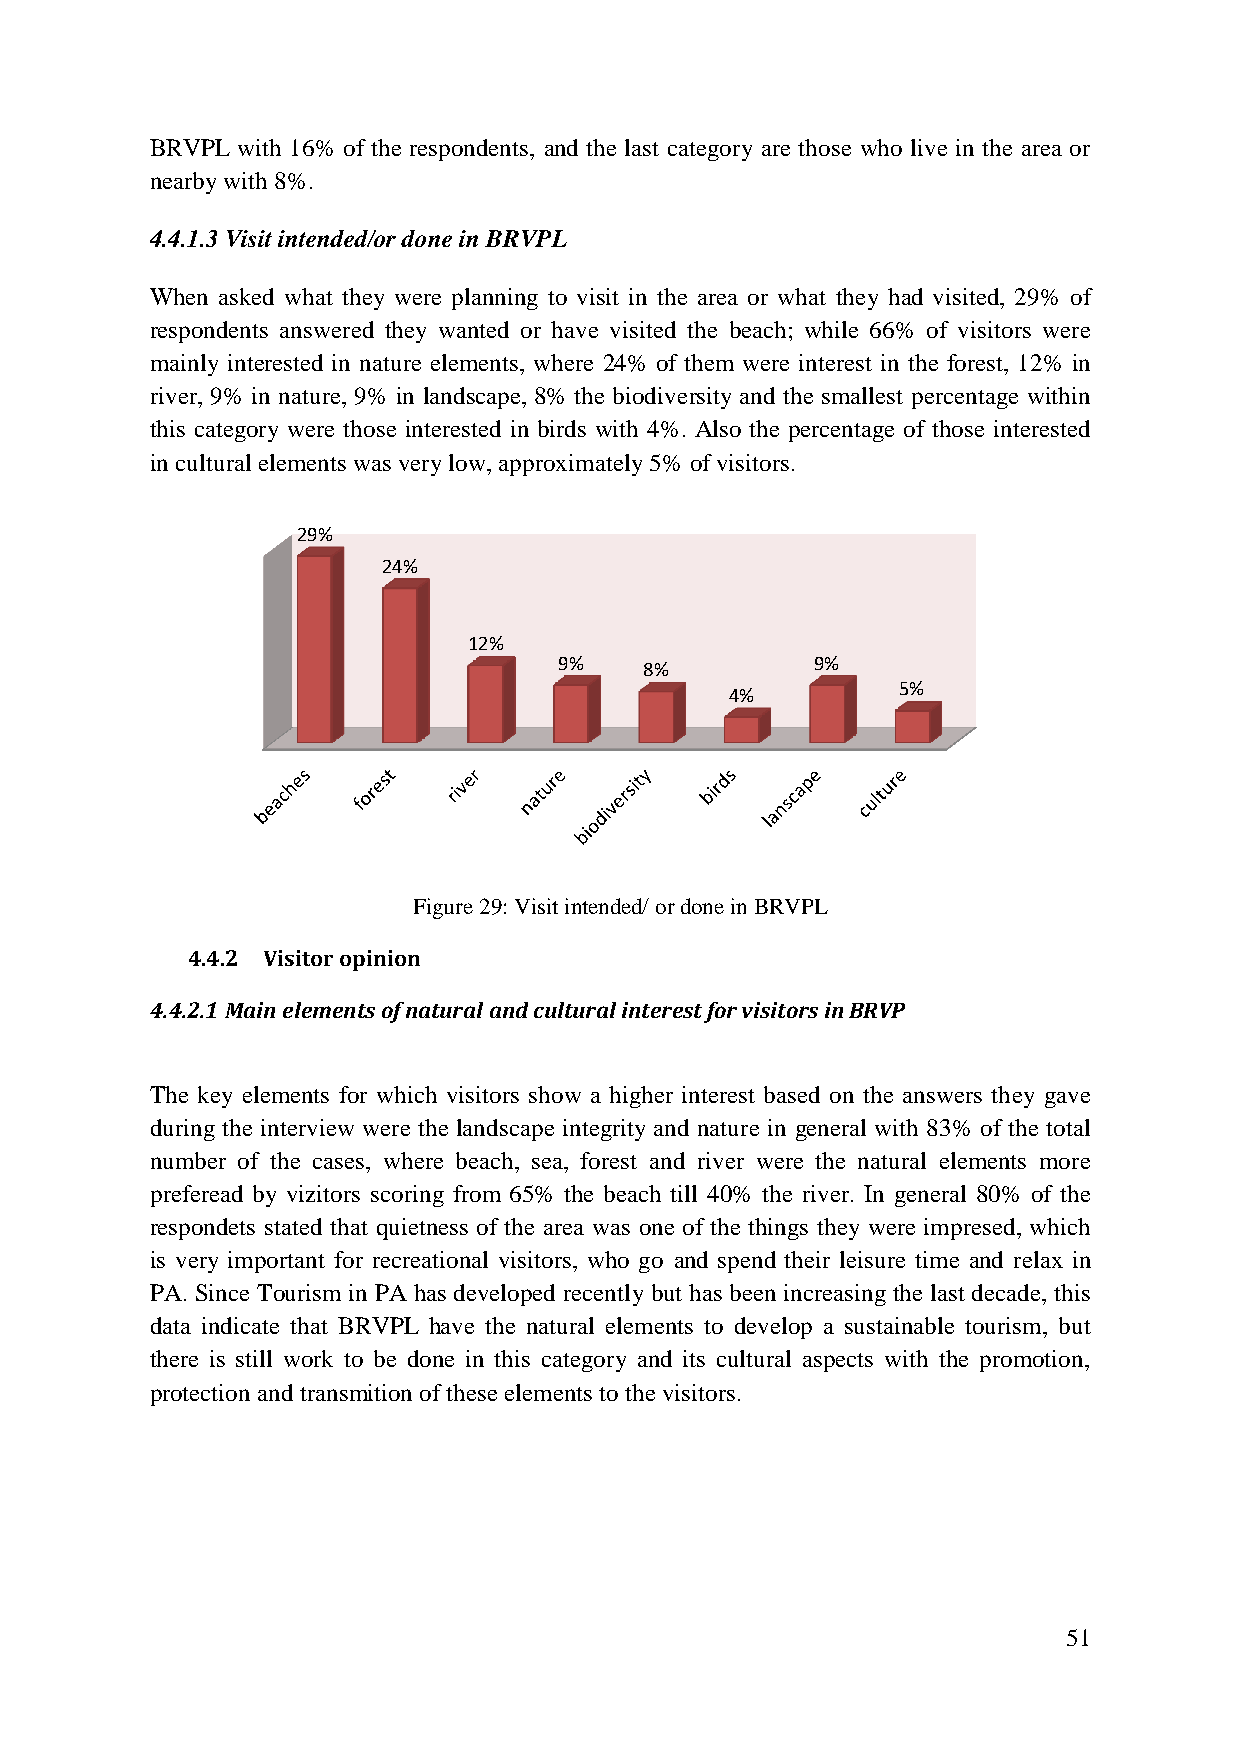
BRVPL with 16% of the respondents, and the last category are those who live in the area or
 nearby with 8%.
 4.4.1.3 Visit intended/or done in BRVPL
 When asked what they were planning to visit in the area or what they had visited, 29% of
 respondents answered they wanted or have visited the beach; while 66% of visitors were
 mainly interested in nature elements, where 24% of them were interest in the forest, 12% in
 river, 9% in nature, 9% in landscape, 8% the biodiversity and the smallest percentage within
 this category were those interested in birds with 4%. Also the percentage of those interested
 in cultural elements was very low, approximately 5% of visitors.
 29%
 24%
 12%
 9%               9%
 8%
 5%
 4%
 Figure 29: Visit intended/ or done in BRVPL
 4.4.2 Visitor opinion
 4.4.2.1 Main elements of natural and cultural interest for visitors in BRVP
 The key elements for which visitors show a higher interest based on the answers they gave
 during the interview were the landscape integrity and nature in general with 83% of the total
 number of the cases, where beach, sea, forest and river were the natural elements more
 preferead by vizitors scoring from 65% the beach till 40% the river. In general 80% of the
 respondets stated that quietness of the area was one of the things they were impresed, which
 is very important for recreational visitors, who go and spend their leisure time and relax in
 PA. Since Tourism in PA has developed recently but has been increasing the last decade, this
 data indicate that BRVPL have the natural elements to develop a sustainable tourism, but
 there is still work to be done in this category and its cultural aspects with the promotion,
 protection and transmition of these elements to the visitors.
 51